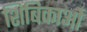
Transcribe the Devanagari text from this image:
शिबिकाओं